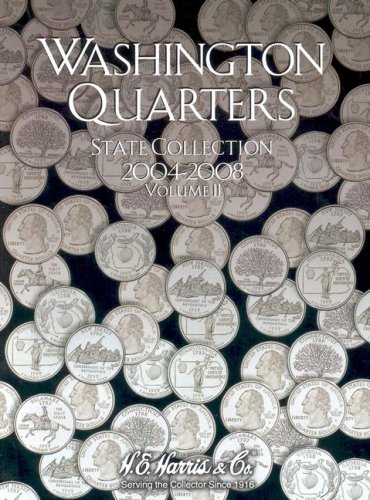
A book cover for Washington Quarters: State Collection, Vol. 2: 2004-2008; Crafts, Hobbies & Home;